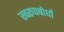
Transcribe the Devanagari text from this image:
स्वरूपबोधों